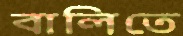
বালিতে